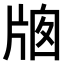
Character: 𤗄